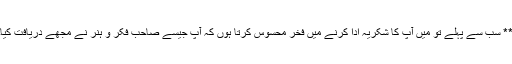
** سب سے پہلے تو میں آپ کا شکریہ ادا کرنے میں فخر محسوس کرتا ہُوں کہ آپ جیسے صاحبِ فِکر و ہُنر نے مجھے دریافت کِیا۔